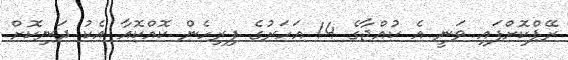
ރޭޕްކޮށްފައި ވަނީ އެ ކުއްޖާގެ 14 އަހަރުގެ ފިރިހެން ކޮއްކޮއާ އެކު ދަނިކޮށް